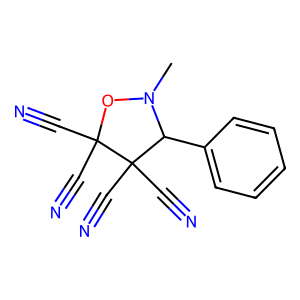
SMILES: CN1OC(C#N)(C#N)C(C#N)(C#N)C1c1ccccc1
Inhibits HIV replication: No